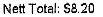
NETT TOTAL: $8.20